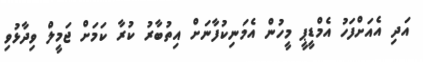
އަދި އެއަށްފަހު އެމްޑީޕީ މީހުން އެމަނިކުފާނަށް އިތުބާރު ކުރާ ކަމަށް ޖަމީލް ވިދާޅުވި